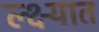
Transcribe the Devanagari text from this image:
ल्क्ष्यात